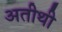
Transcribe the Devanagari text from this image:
अतीथी